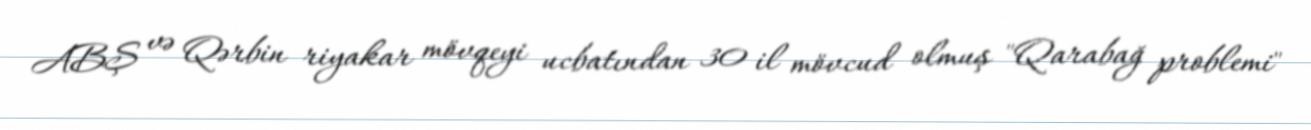
ABŞ və Qərbin riyakar mövqeyi ucbatından 30 il mövcud olmuş "Qarabağ problemi"